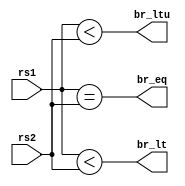
`timescale 1ns / 1ps
//////////////////////////////////////////////////////////////////////////////////
// Company: 
// Engineer: 
// 
// Design Name: 
// Module Name: Branch_Cond_Gen
// Project Name: 
// Target Devices: 
// Tool Versions: 
// Description: 
// 
// Dependencies: 
// 
// Revision:
// Revision 0.01 - File Created
// Additional Comments:
// 
//////////////////////////////////////////////////////////////////////////////////


module Branch_Cond_Gen(
    input [31:0] rs1,
    input [31:0] rs2,
    output reg br_eq,
    output reg br_lt,
    output reg br_ltu
    );
    
    always @(*) begin
        br_eq = (rs1 == rs2);
        br_lt = ($signed(rs1) < ($signed(rs2)));
        br_ltu = (rs1 < rs2);
    end
endmodule